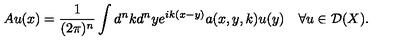
A u ( x ) = \frac { 1 } { ( 2 \pi ) ^ { n } } \int d ^ { n } k d ^ { n } y e ^ { i k ( x - y ) } a ( x , y , k ) { u } ( y ) \quad \forall u \in { \cal D } ( X ) .